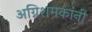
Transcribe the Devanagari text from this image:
अग्निशमकांनी